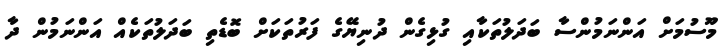
މޫސުމަށް އަންނަމުންސާ ބަދަލުތަކާއި ގުޅިގެން ދުނިޔޭގެ ފަރުތަކަށް ބޮޑެތި ބަދަލުތަކެއް އަންނަމުން ދާ